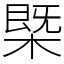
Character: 㮣